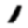
Digit: 1